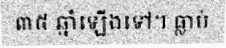
៣៥ ឆ្នាំឡើងទៅ។ ធ្លាប់